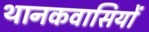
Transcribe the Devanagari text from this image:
थानकवासियों